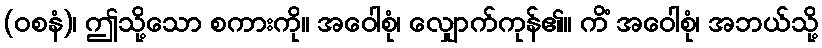
(ဝစနံ)၊ ဤသို့သော စကားကို။ အဝေါစုံ၊ လျှောက်ကုန်၏။ ကိံ အဝေါစုံ၊ အဘယ်သို့